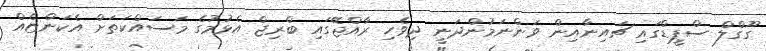
ގޫގްލް ސްޕީޑްގައި ޗައިނާއިން ވަންނަމުންދަނީ ދިވެހި ރާއްޖޭގައި ބްރިޖް އެޅުމުގެ މަސައްކަތަށް އެކަންޏެއް